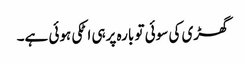
گھڑی کی سوئی تو بارہ پرہی اٹکی ہوئی ہے۔